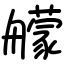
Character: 艨